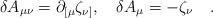
\begin{align*}\delta A_{\mu\nu} = \partial_{[\mu} \zeta_{\nu]} ,\quad \delta A_{\mu} = - \zeta_{\nu} \quad .\end{align*}